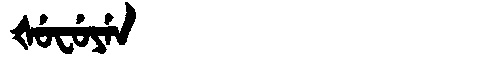
Manchu: ᡧᡠᠸᡠᠶᡝᠨ
Romanization: ŠUFUYEN